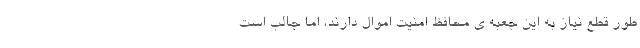
طور قطع نیاز به این جعبه­ ی محافظ امنیت اموال دارند، اما جالب است